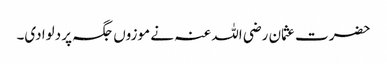
حضرت عثمان رضی اللہ عنہ نے موزوں جگہ پر دلوادی۔